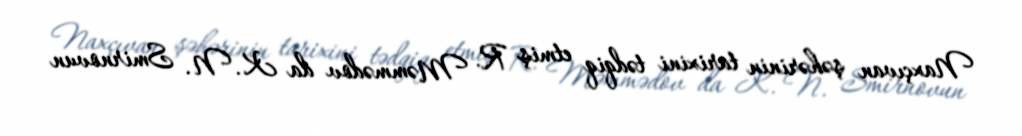
Naxçıvan şəhərinin tarixini tədqiq etmiş R. Məmmədov da K. N. Smirnovun